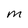
Character: M